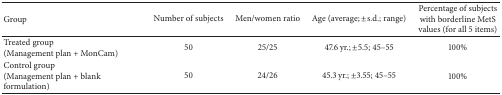
| Group | Number of subjects | Men/women ratio | Age (average; ±s.d.; range) | Percentage of subjects with borderline MetS values (for all 5 items) |
 | --- | --- | --- | --- | --- |
 | Treated group(Management plan + MonCam) | 50 | 25/25 | 47.6 yr.; ±5.5; 45–55 | 100% |
 | Control group(Management plan + blank formulation) | 50 | 24/26 | 45.3 yr.; ±3.55; 45–55 | 100% |